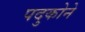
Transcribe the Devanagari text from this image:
पदुकोने